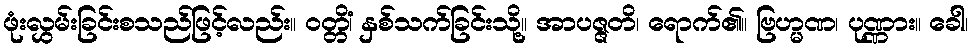
ဖုံးလွှမ်းခြင်းစသည်ဖြင့်လည်း။ ဝတ္တိံ၊ နှစ်သက်ခြင်းသို့။ အာပဇ္ဇတိ၊ ရောက်၏။ ဗြဟ္မဏ၊ ပုဏ္ဏား။ ခေါ၊